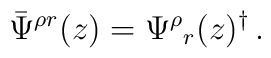
\bar{\Psi}^{\rho r}(z)=\Psi^{\rho}{}_{r}(z)^{\dagger}\,.